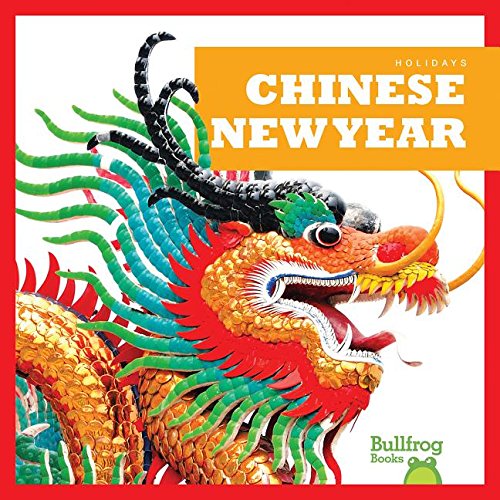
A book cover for Chinese New Year (Bullfrog Books: Holidays); Rebecca Pettiford; Children's Books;